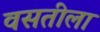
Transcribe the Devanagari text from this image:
वसतीला